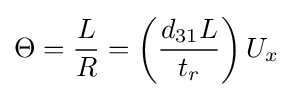
\Theta ={\frac {L}{R}}=\left({\frac {d_{31}L}{t_{r}}}\right)U_{x}